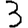
Digit: 3